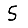
Digit: 5